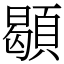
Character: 䫘